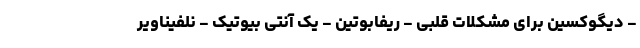
- دیگوکسین برای مشکلات قلبی - ریفابوتین - یک آنتی بیوتیک - نلفیناویر